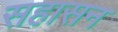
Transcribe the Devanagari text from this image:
सहासन